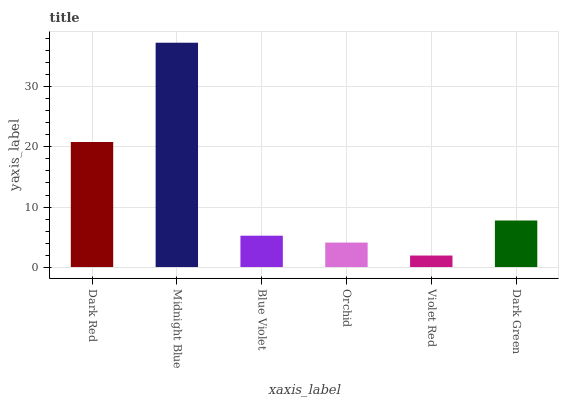
| xaxis_label | bars |
 | --- | --- |
 | Dark Red | 20.8 |
 | Midnight Blue | 37.4 |
 | Blue Violet | 5.22 |
 | Orchid | 4.08 |
 | Violet Red | 1.92 |
 | Dark Green | 7.75 |